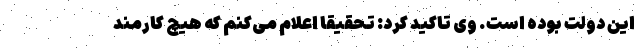
این دولت بوده است. وی تاکید کرد: تحقیقاً اعلام می‌کنم که هیچ کارمند